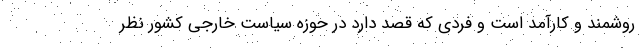
روشمند و کارآمد است و فردی که قصد دارد در حوزه سیاست خارجی کشور نظر